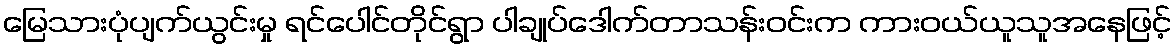
မြေသားပုံပျက်ယွင်းမှု ရင်ပေါင်တိုင်ရွာ ပါချုပ်ဒေါက်တာသန်းဝင်းက ကားဝယ်ယူသူအနေဖြင့်